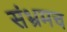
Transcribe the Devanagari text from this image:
संभ्रमच